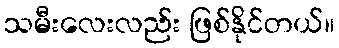
သမီးလေးလည်း ဖြစ်နိုင်တယ်။